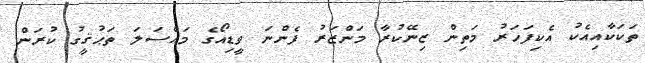
ތަކަކާއިއެކު އެކިފަހަރު މަތިން ޒިނޭކުރާ މަންޒަރު ފެންނަ ވީޑިއޯގެ މައްސަލަ ތަޙުޤީގު ކުރަން